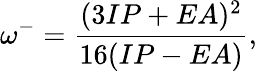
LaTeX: \omega^{-}=\frac{(3IP+EA)^{2}}{16(IP-EA)},